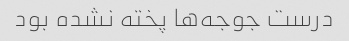
درست جوجه‌ها پخته نشده بود